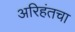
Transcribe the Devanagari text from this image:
अरिहंतचा